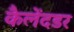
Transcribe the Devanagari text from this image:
कैलेंदडर